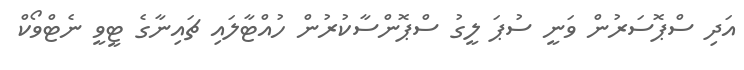
އަދި ސްޕޮސަރުން ވަނީ ސުޕަ ލީގު ސްޕޮންސާކުރުން ހުއްޓާލައި ޗައިނާގެ ޓީވީ ނެޓްވޯކް